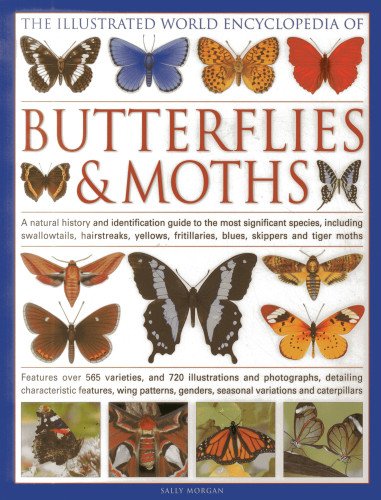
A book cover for The Illustrated World Encyclopedia of Butterflies and Moths: A Natural History and Identification Guide; Sally Morgan; Reference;